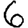
Digit: 6